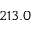
2 1 3 . 0